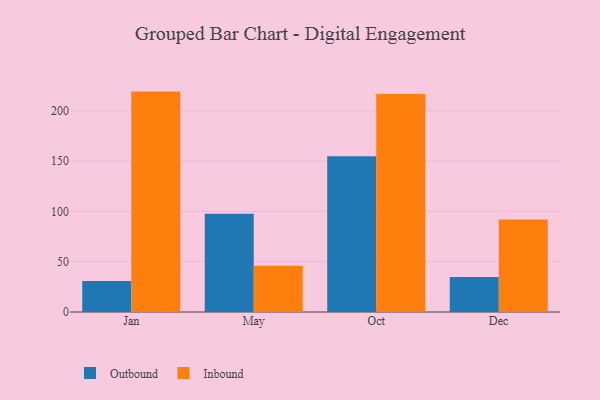
{"axis": {"x": "Month", "y": "Latency (ms)"}, "legend": ["Inbound", "Outbound"], "data": [{"x": "Jan", "y": 30.7, "type": "Outbound"}, {"x": "Jan", "y": 219.1, "type": "Inbound"}, {"x": "May", "y": 97.7, "type": "Outbound"}, {"x": "May", "y": 46.0, "type": "Inbound"}, {"x": "Oct", "y": 154.9, "type": "Outbound"}, {"x": "Oct", "y": 216.8, "type": "Inbound"}, {"x": "Dec", "y": 34.9, "type": "Outbound"}, {"x": "Dec", "y": 92.0, "type": "Inbound"}]}